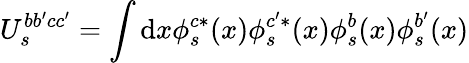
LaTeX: U_{s}^{bb^{\prime}cc^{\prime}}=\int\mathrm{d}x\phi_{s}^{c*}(x)\phi_{s}^{c^{\prime}*}(x)\phi_{s}^{b}(x)\phi_{s}^{b^{\prime}}(x)